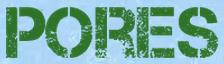
PORES